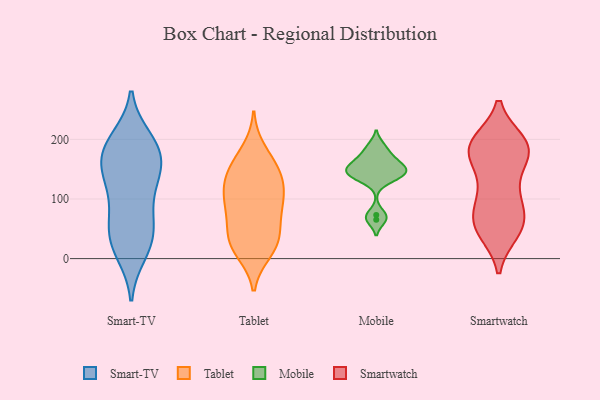
{"axis": {"x": "Market Share (%)", "y": "Value"}, "legend": ["Mobile", "Smart-TV", "Smartwatch", "Tablet"], "data": [{"x": "", "y": 55, "type": "Smart-TV"}, {"x": "", "y": 163, "type": "Smart-TV"}, {"x": "", "y": 124, "type": "Smart-TV"}, {"x": "", "y": 139, "type": "Smart-TV"}, {"x": "", "y": 179, "type": "Smart-TV"}, {"x": "", "y": 19, "type": "Smart-TV"}, {"x": "", "y": 193, "type": "Smart-TV"}, {"x": "", "y": 188, "type": "Smart-TV"}, {"x": "", "y": 73, "type": "Smart-TV"}, {"x": "", "y": 178, "type": "Smart-TV"}, {"x": "", "y": 133, "type": "Smart-TV"}, {"x": "", "y": 78, "type": "Smart-TV"}, {"x": "", "y": 10, "type": "Smart-TV"}, {"x": "", "y": 32, "type": "Smart-TV"}, {"x": "", "y": 35, "type": "Smart-TV"}, {"x": "", "y": 144, "type": "Smart-TV"}, {"x": "", "y": 200, "type": "Smart-TV"}, {"x": "", "y": 26, "type": "Tablet"}, {"x": "", "y": 106, "type": "Tablet"}, {"x": "", "y": 12, "type": "Tablet"}, {"x": "", "y": 38, "type": "Tablet"}, {"x": "", "y": 80, "type": "Tablet"}, {"x": "", "y": 21, "type": "Tablet"}, {"x": "", "y": 114, "type": "Tablet"}, {"x": "", "y": 181, "type": "Tablet"}, {"x": "", "y": 131, "type": "Tablet"}, {"x": "", "y": 147, "type": "Tablet"}, {"x": "", "y": 31, "type": "Tablet"}, {"x": "", "y": 106, "type": "Tablet"}, {"x": "", "y": 150, "type": "Tablet"}, {"x": "", "y": 86, "type": "Tablet"}, {"x": "", "y": 154, "type": "Tablet"}, {"x": "", "y": 67, "type": "Tablet"}, {"x": "", "y": 162, "type": "Mobile"}, {"x": "", "y": 145, "type": "Mobile"}, {"x": "", "y": 132, "type": "Mobile"}, {"x": "", "y": 158, "type": "Mobile"}, {"x": "", "y": 141, "type": "Mobile"}, {"x": "", "y": 65, "type": "Mobile"}, {"x": "", "y": 189, "type": "Mobile"}, {"x": "", "y": 73, "type": "Mobile"}, {"x": "", "y": 175, "type": "Mobile"}, {"x": "", "y": 152, "type": "Mobile"}, {"x": "", "y": 141, "type": "Mobile"}, {"x": "", "y": 166, "type": "Smartwatch"}, {"x": "", "y": 48, "type": "Smartwatch"}, {"x": "", "y": 190, "type": "Smartwatch"}, {"x": "", "y": 45, "type": "Smartwatch"}, {"x": "", "y": 195, "type": "Smartwatch"}, {"x": "", "y": 148, "type": "Smartwatch"}, {"x": "", "y": 172, "type": "Smartwatch"}, {"x": "", "y": 46, "type": "Smartwatch"}, {"x": "", "y": 190, "type": "Smartwatch"}, {"x": "", "y": 193, "type": "Smartwatch"}, {"x": "", "y": 102, "type": "Smartwatch"}, {"x": "", "y": 75, "type": "Smartwatch"}, {"x": "", "y": 71, "type": "Smartwatch"}, {"x": "", "y": 58, "type": "Smartwatch"}, {"x": "", "y": 59, "type": "Smartwatch"}, {"x": "", "y": 112, "type": "Smartwatch"}, {"x": "", "y": 104, "type": "Smartwatch"}, {"x": "", "y": 184, "type": "Smartwatch"}, {"x": "", "y": 183, "type": "Smartwatch"}, {"x": "", "y": 192, "type": "Smartwatch"}]}